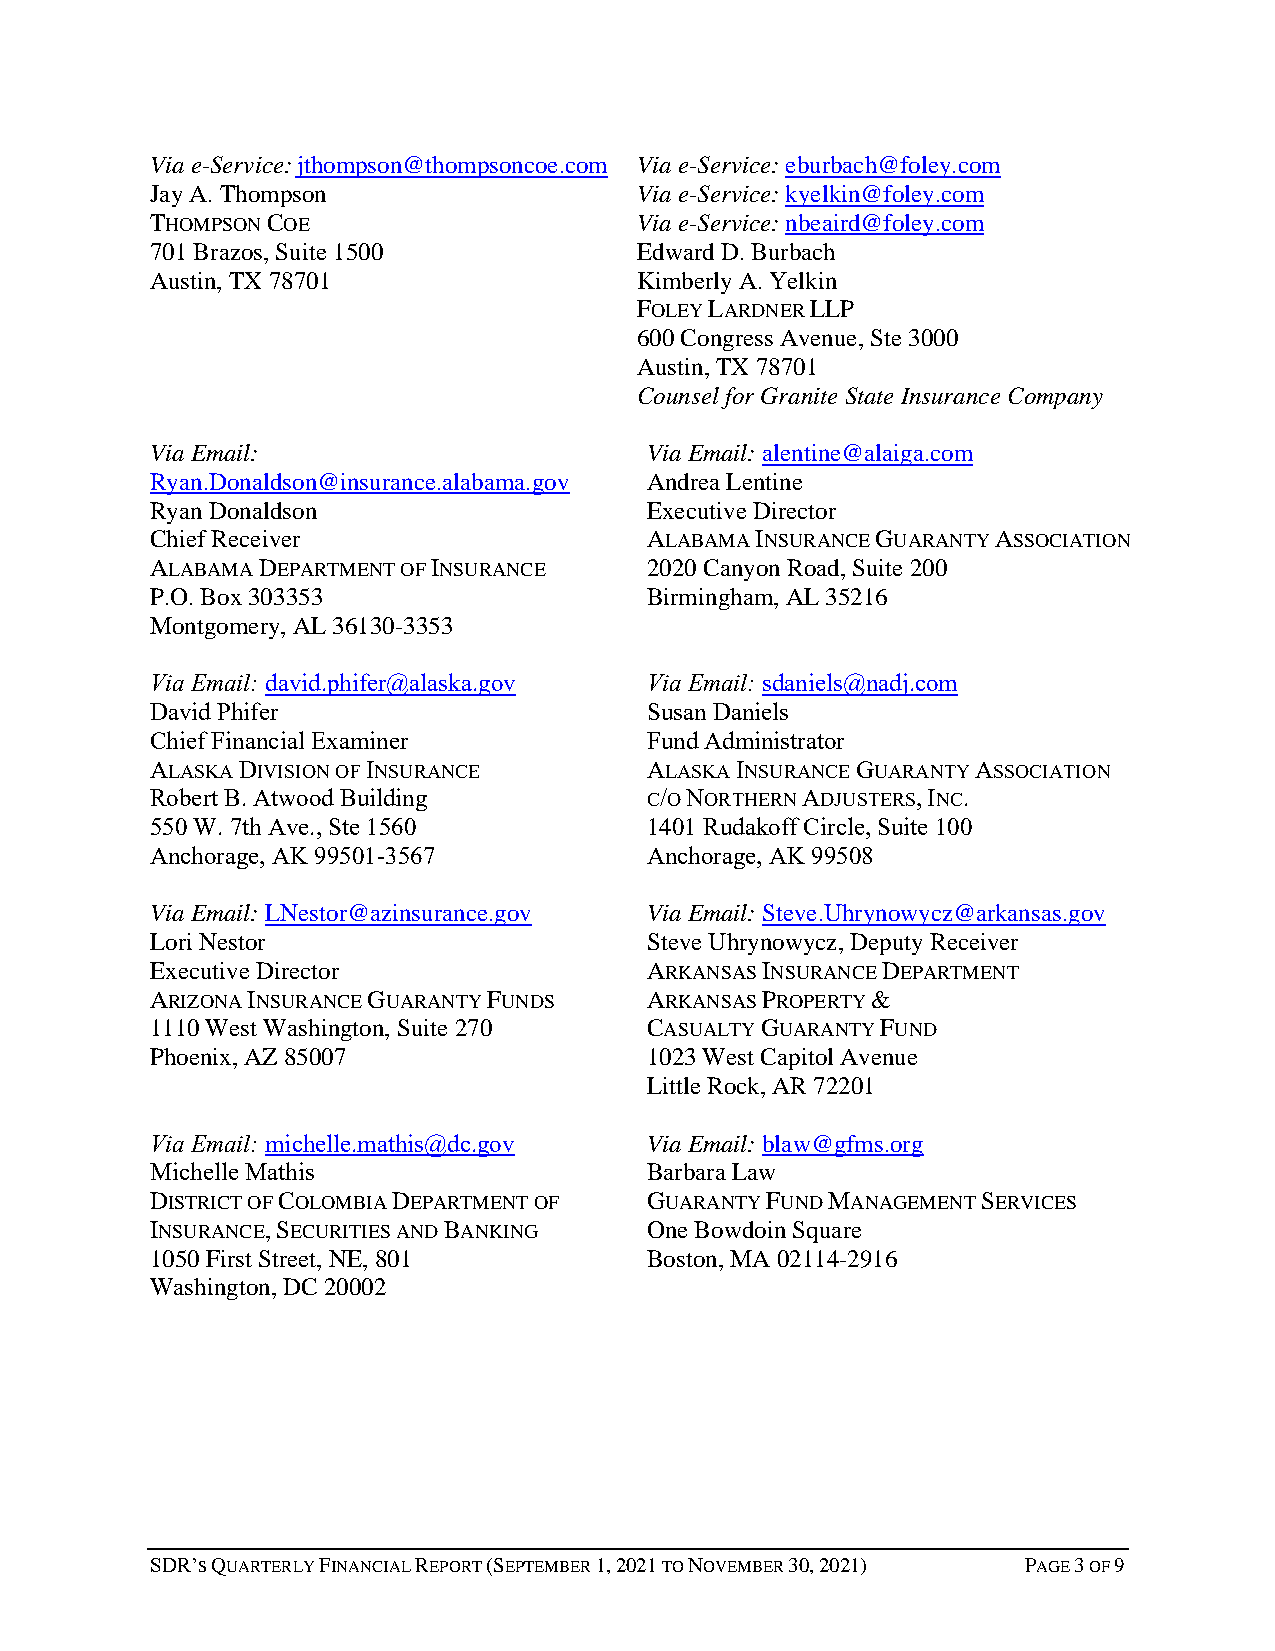
Via e-Service: jthompson@thompsoncoe.com Via e-Service: eburbach@foley.com
 Jay A. Thompson                 Via e-Service: kyelkin@foley.com
 THOMPSON COE                    Via e-Service: nbeaird@foley.com
 701 Brazos, Suite 1500          Edward D. Burbach
 Austin, TX 78701                Kimberly A. Yelkin
 FOLEY LARDNER LLP
 600 Congress Avenue, Ste 3000
 Austin, TX 78701
 Counsel for Granite State Insurance Company
 Via Email:                       Via Email: alentine@alaiga.com
 Ryan.Donaldson@insurance.alabama.gov Andrea Lentine
 Ryan Donaldson                   Executive Director
 Chief Receiver                   ALABAMA INSURANCE GUARANTY ASSOCIATION
 ALABAMA DEPARTMENT OF INSURANCE  2020 Canyon Road, Suite 200
 P.O. Box 303353                  Birmingham, AL 35216
 Montgomery, AL 36130-3353
 Via Email: david.phifer@alaska.gov Via Email: sdaniels@nadj.com
 David Phifer                     Susan Daniels
 Chief Financial Examiner         Fund Administrator
 ALASKA DIVISION OF INSURANCE     ALASKA INSURANCE GUARANTY ASSOCIATION
 Robert B. Atwood Building        C/O NORTHERN ADJUSTERS, INC.
 550 W. 7th Ave., Ste 1560        1401 Rudakoff Circle, Suite 100
 Anchorage, AK 99501-3567         Anchorage, AK 99508
 Via Email: LNestor@azinsurance.gov Via Email: Steve.Uhrynowycz@arkansas.gov
 Lori Nestor                      Steve Uhrynowycz, Deputy Receiver
 Executive Director               ARKANSAS INSURANCE DEPARTMENT
 ARIZONA INSURANCE GUARANTY FUNDS ARKANSAS PROPERTY &
 1110 West Washington, Suite 270  CASUALTY GUARANTY FUND
 Phoenix, AZ 85007                1023 West Capitol Avenue
 Little Rock, AR 72201
 Via Email: michelle.mathis@dc.gov Via Email: blaw@gfms.org
 Michelle Mathis                  Barbara Law
 DISTRICT OF COLOMBIA DEPARTMENT OF GUARANTY FUND MANAGEMENT SERVICES
 INSURANCE, SECURITIES AND BANKING One Bowdoin Square
 1050 First Street, NE, 801       Boston, MA 02114-2916
 Washington, DC 20002
 SDR’S QUARTERLY FINANCIAL REPORT (SEPTEMBER 1, 2021 TO NOVEMBER 30, 2021) PAGE 3 OF 9